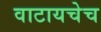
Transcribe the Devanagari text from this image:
वाटायचेच